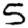
Digit: 5